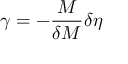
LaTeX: \gamma = - { \frac { M } { \delta M } } \delta \eta